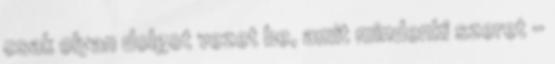
csak olyan dolgot vezet be, amit mindenki szeret -